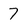
Character: 7